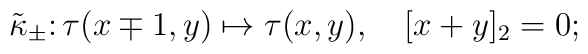
\tilde\kappa_\pm\colon\tau(x\mp1,y)\mapsto \tau(x,y),\quad [x+y]_2=0;